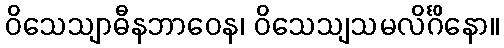
ဝိသေသျာဓီနဘာဝေန၊ ဝိသေသျသမလိင်္ဂိနော။